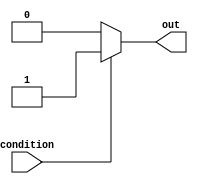
module ConditionalAssignment(
    input wire condition,
    output reg out
);

always @* begin
    if (condition) begin
        out = 1'b1; // Assign 1 if condition is true
    end else begin
        out = 1'b0; // Assign 0 if condition is false
    end
end

endmodule